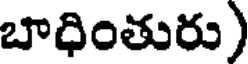
బాధింతురు)